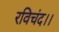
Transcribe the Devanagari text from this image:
रविचंद।।